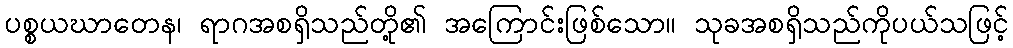
ပစ္စယဃာတေန၊ ရာဂအစရှိသည်တို့၏ အကြောင်းဖြစ်သော။ သုခအစရှိသည်ကိုပယ်သဖြင့်